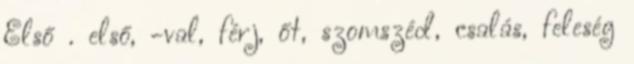
Első . első, -val, férj, őt, szomszéd, csalás, feleség